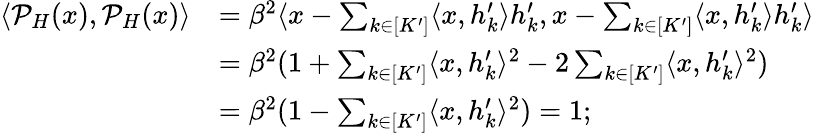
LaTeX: \begin{array}{rl}{\langle\mathcal{P}_{H}(x),\mathcal{P}_{H}(x)\rangle}&{=\beta^{2}\langle x-\sum_{k\in[K^{\prime}]}\langle x,h_{k}^{\prime}\rangle h_{k}^{\prime},x-\sum_{k\in[K^{\prime}]}\langle x,h_{k}^{\prime}\rangle h_{k}^{\prime}\rangle}\\ &{=\beta^{2}(1+\sum_{k\in[K^{\prime}]}\langle x,h_{k}^{\prime}\rangle^{2}-2\sum_{k\in[K^{\prime}]}\langle x,h_{k}^{\prime}\rangle^{2})}\\ &{=\beta^{2}(1-\sum_{k\in[K^{\prime}]}\langle x,h_{k}^{\prime}\rangle^{2})=1;}\end{array}